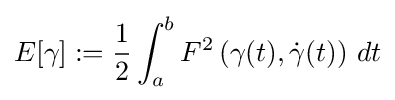
E[\gamma ]:={\frac {1}{2}}\int _{a}^{b}F^{2}\left(\gamma (t),{\dot {\gamma }}(t)\right)\,dt